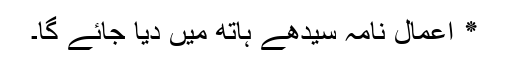
٭ اعمال نامہ سیدھے ہاتھ میں دیا جائے گا۔